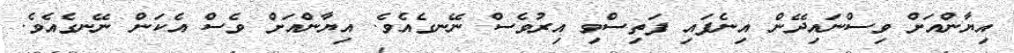
އިޔާންއަށް ވިސްނައިދޭން އިނެފައި ފަތިސްވި އިރުވެސް ނޭނގެއެވެ. އިޔާންއަށް ވެސް އެކަން ނޭނގެއެވެ.